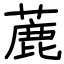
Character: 蔍